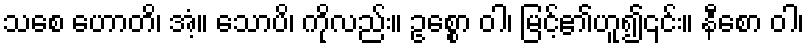
သစေ ဟောတိ၊ အံ့။ သောပိ၊ ကိုလည်း။ ဥစ္စော ဝါ၊ မြင့်၏ဟူ၍၎င်း။ နီစော ဝါ၊